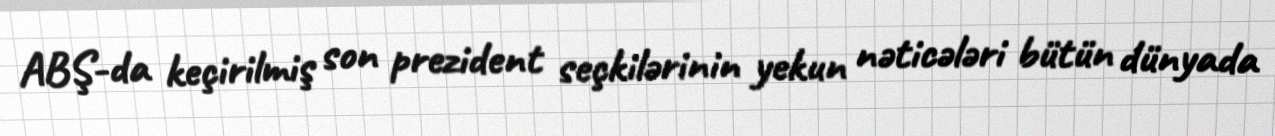
ABŞ-da keçirilmiş son prezident seçkilərinin yekun nəticələri bütün dünyada